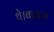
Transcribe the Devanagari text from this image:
थे।बाअज़